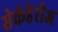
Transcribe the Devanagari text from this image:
सेकंडेरीज